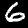
Digit: 6